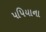
પપિયાના